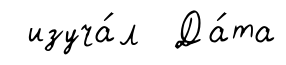
изуча́л Да́та